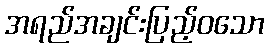
အရည်အချင်းပြည့်ဝသော